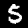
Label: 5